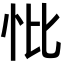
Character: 𢗽